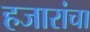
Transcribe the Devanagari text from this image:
हजारांचा